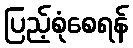
ပြည့်စုံစေရန်